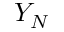
Y _ { N }